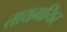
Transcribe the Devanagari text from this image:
तायमयिर